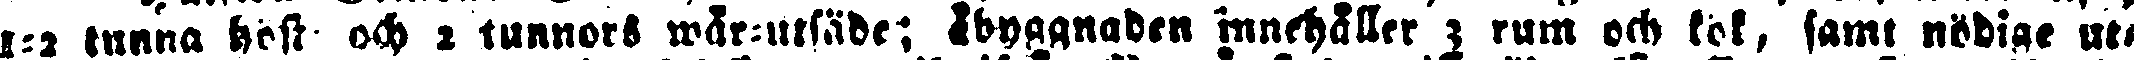
1-2 tunna höst- och 2 tunnors wår-utsäde; åbyggnaden innehåller 3 rum och kök, samt nödige ut-